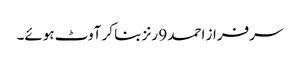
سرفراز احمد 9 رنز بنا کر آوٹ ہوئے۔